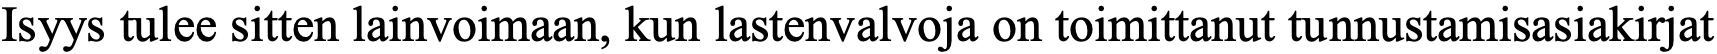
Isyys tulee sitten lainvoimaan, kun lastenvalvoja on toimittanut tunnustamisasiakirjat